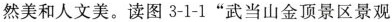
然美和人文美。读图3-1-1”武当山金顶景区景观